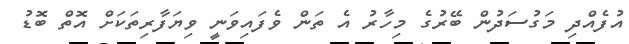
އުފެއްދި މަގުސަދުން ބޭރުގެ މިހާރު އެ ތަން ވެފައިވަނީ ވިޔަފާރިތަކަށް އޮތް ބޮޑު